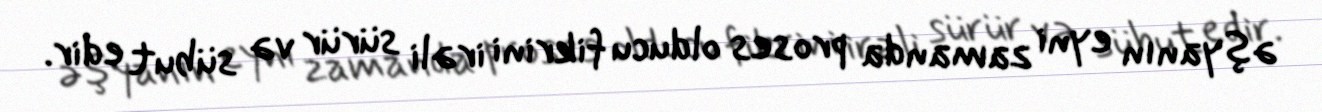
əşyanın eyni zamanda proses olducu fikrini irəli sürür və sübut edir.